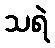
သရဲ